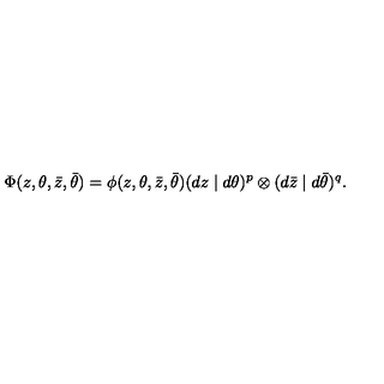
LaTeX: \Phi ( z , \theta , \bar { z } , \bar { \theta } ) = \phi ( z , \theta , \bar { z } , \bar { \theta } ) ( d z \mid d \theta ) ^ { p } \otimes ( d \bar { z } \mid d \bar { \theta } ) ^ { q } .